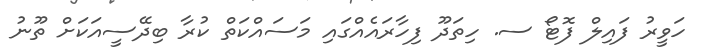
ހަވީރު ފައިލް ފޮޓޯ ސ. ހިތަދޫ ފިހާރައެއްގައި މަސައްކަތް ކުރާ ބިދޭސީއަކަށް ތޫނު